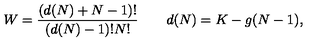
W = \frac { ( d ( N ) + N - 1 ) ! } { ( d ( N ) - 1 ) ! N ! } \qquad d ( N ) = K - g ( N - 1 ) ,